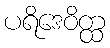
ပရိဒေဝိတ္ထ